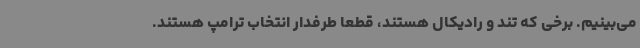
می‌بینیم. برخی که تند و رادیکال هستند، قطعا طرفدار انتخاب ترامپ هستند.